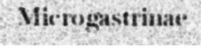
Microgastrinae